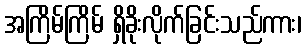
အကြိမ်ကြိမ် ရှိခိုးလိုက်ခြင်းသည်ကား၊